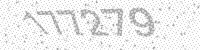
Solution: 177279